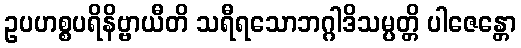
ဥပဟစ္စပရိနိဗ္ဗာယီတိ သရီရသောဘဂ္ဂါဒိသမ္ပတ္တိ ပါဇေန္တော